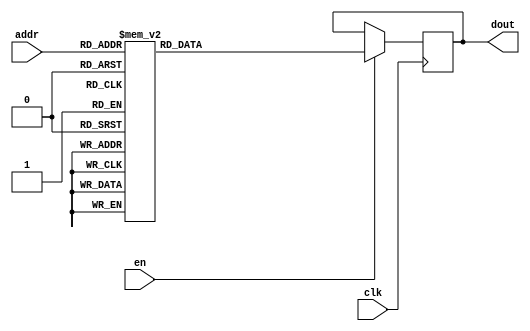
`timescale 1ns / 1ps
/*
Copyright
All right reserved.
Module Name: rom_syn
Author  : Zichuan Liu, Yixing Li and Wenye Liu.
Description:
A synthesized ROM: ROM_DEP x ROM_WID
*/
module EC_1_W_ROM_F_0(
// inputs
clk,
en,
addr,
// outputs
dout
);
localparam ROM_WID = 1152;
localparam ROM_DEP = 32;
localparam ROM_ADDR = 5;
// input definition
input clk;
input en;
input [ROM_ADDR-1:0] addr;
// output definition
output [ROM_WID-1:0] dout;
reg [ROM_WID-1:0] data;
always @(posedge clk)
begin
if (en) begin
case(addr)
		5'd0: data <= 1152'b011110000011101100001101111000010111000111110110101111010100011010001110100011110010001101100111010101111111001011001110111100011110010100100011001101101010100110101110111000011001101011100110100011000100011101110100100000001001011001000010100000101110000101000001101000111011011011110001100010000111100110011110111001001010001101001001111111000111010011011111000001100000110111110001010010011010000111010010011000010000100001000011111011101111001101101010110010001100110001001100110001100011011111010000011010010101100010100000000100111011000110101111001100111111111111111001010011110010100111010110011111011101111010100011010011110111100101100001001010110110000001000001110001011100111010010101000011101100110011001001100101101110110101001010010010101000100110111011000010000011011101001011100001000010110100101010111000010010100100011101101000000000001010011001100101010111000001010010000111110000000110011111011000011000010000110101001011101110010100101111000010001110001000000111101100100100110011110101010010011001011111110001100111111110111000000000110100000010110110011011101001011000000001010001010110010011110000001110110001010101101100101111;
		5'd1: data <= 1152'b010010000010100010001001010000010011011110100110111000110000111001111010101000111000110000001111001101011001000011101010000010001001000010011111100111101110011011110100000010111001110010011111101011010001000111001111011101000111101101000100001110011001101110001001100100100000111011000110111111001100100110010010110010000110001000011101010000011111001010011011001001100110001110110101010011110011100110000000000001110000000110100100111001010010110000011010110100100010011000100111011101011011000110011000000000011001010110000101111101110011001011110000001010011110110010010011011000010111110100111110000000001110001010010001001110111000101010010001101000110110011101100001100111000100000110011010110100011110000100011001010101011111100010111000001101010101000111011100001011100011110110000011110001100100001110000110111001110100111000010000111001101010010100010111000001011010001010010100000001011101010000000110010100011010001010010110001011001111110111110001011000011111000000101110000001000011000010111001101100000000111000000001100000110010110011000000100011001100000110011010100111100100011101100000010111100111001011000000011101010101100000011100;
		5'd2: data <= 1152'b111001111011011100100110001101101101011110000000100110000101111011001100010100101001011011010111110001101110111001010011100110010110100100101011110011000100001100100100101101011110010100010101001101100100111000011101100100110001110011000000100110111100111101001100101010011100111101100011000001111101011011101101011000011001001001001010110111001000110010011010110101101001001000100101100111111001011100111010110100101101101111011101100111001000111001000101010111011101101101110000111101101110111011110011101110110111010110111101010110000100001111000111101011101000010101001011100000101000101010000101111001110100011111001001110110001001100100110000101110010010100001100001000000111110011010000001010010011001011101010010110101101010111100010100100000100101000011011101100010101100010011111011100111001001101010010001011110101001000111110101101111010100101011110000111100000111101100111110000000100100001111000110000111101011111011011010100010010101100010010111101001001011110100011001111100001101011001101111001111011010001100011010110100110111110110001011111110101100001010110010100001010101011110100111000100001000100000011111110011110011110010100000;
		5'd3: data <= 1152'b101000011011011111101100011101011001111010010110100111101000010111100110010010010101110110000110100011000110111011001011111001010010010100101111111110000000010001110011110101001101001100100110001100001001111110000001110101111101011000110000100110111110001011011111101001001101111110110000000110101011101111111110110110101111110100111001111010110010100010100111000110010010000011101010001000010010000100111110000010111110010011001001100111111011000011000110110010000101110011110100110001001100111101011011001110010111100110111000100000011111011011000101111101001000001100001010000110101010111100010000010011111100010101100010110110011110000111011101101111001001000010010011001110101111001111001100111110100011110110101111110010110011100010000011000110000001000001111000110101111000011100101110001111001111000011011101010010011011001001101001001101010000100011100010010101011110111101111011110111000000101010011101100000101101010010100101110101000000000100101100100011100000011101010001110111111001000100101111010000000011110101001100001110011010000111011000001001011110011001000101011100100011001010000111100000000111101101010001011000101101100011110101;
		5'd4: data <= 1152'b111101000011101001000100100101101101001001110111111010101111100010111100001010111001100111000111101000010010001011110000011101001001110000100110010101111110001111010110101001111010011011100100100110110011111111011001100000001000011101100110101101110111000010001000001000110100101111000111100111011101011110100110101001001000101011101110110110101101010010010101000001101011000010110001111111000011100000000100101000111001000110111110111000010110100010011001010001111111011000100011111101111100001010010011101110011001110000110001101100000110000110100000110111001000010111101000111011010000101111000000011110010111011101001010110100110011110010011000001100100101101011110011110100010011111110100101010011101101111100011111010100110001111101110111010000101101100000111001001011000011000110000110010000110011000111000011111011111111110001001011000110110101000101111001100110111000001001010010111011011000110000100010010001110110000111101110100010111110011011100010110100110101000011000111001010001011111111100110001110100011110111000000000010100100000110010011001101011001011011100001001101101101111110100111001000100000100111110111110000000011100001100011;
		5'd5: data <= 1152'b010000101110100011000111001111001110100110000100011111000101001011111011011100001010110000010101001111001011100000000101000111101110011111101000001000100000100011000111100011000111110100010000100110010110000001101101011110101111111000111110010110010011111010110001001000111100101100011000100001001101010001010001000110011010101100001010000001010000001011101010110000010001101110011110001111110111100001100001100111101100011110101010000100010111100011000001111110101011011100011101000110101010101001100101111111010010000101110111111000100100110000000111100011100101000100000111100000011100101001010111101101100101000000110110010101000001011100100001011101111011000001011110010001010000010100011101100101010000100111000010010111101111010000000000001101011000011011000111011000111100110000111111101011001110000010101011001100100011010010100000011101000101010011001101001111100000001110100101101000000111000100001111110101110011111000111010111000011011101000111001000001000101001001111000000111101101100010011011101001000010001001111101001101011101111001110100001010000111010111111110010010010011000010000010010011001110000111001000000100011010111101001101;
		5'd6: data <= 1152'b000010001001000001110111111010110100000000101001101101100110100101010001011000000101000111011011011000100101100111010000101101001101010100001000000010011000000010100101111001010100000101110101110110001001000100010101101000110001110110011001101011101000001010010110010001000101010110111100100010001000000100011000101100011111000000110101110010110111000001100111010010000010111000011110001010011010001100101110000100111010100001001111110010001011010101000011010100100011111010110000110100111001110101011010010000010101000110111011101011001110001010101101011011001001111001101111000000100101011010110101110001110011010000110101111110100110000000110101100101000011000100010011110000000001100111000001010110111011010110011001101111111011100110111011110110010010111111001110010011101001111111001001100000100110110110000010011111111010101101110001111100100100001101011010110000010011110101010000110111100010101010100011101000101110000010101100011011111111110001110111100110101100010011011101101111010101010010111100000011000000011111000110100001110010011110011001111101001010100111011100001101010010101000010010001111100000100010111010010100010000111010100110;
		5'd7: data <= 1152'b101001111100011010101110001111001101111010000011010111100101010111101001111100000100110111010011101010000010100001100101011001000010011111000100001010100001110011111010100010010101101000101000110010011111000011001111000110001110110010101010011001111011110000100111011110100111000101001110101100111111110001010001010011001010110111101010101000011111111101111010111001110110111111101111100001110111100101001011010010011101111110010110011100010011110011011101110101011100011100111001000110000010101111101100011110101100000111110011001100000100100110100011111111001001010100000100010011101111010010011110101011000111101000000111100010100011101101010101001110001111110111110011100000101111110110110011111000101110011001111011100111011100010010101010100001101010101110110000100110000011101111000011010010110101001111101010101100010010101011001010001101011001001010000110110100110000011001001010001000100101010100101101101111000010000110000010111000010000110010110010111010100001010111001001100011000000001111001010100000101010000101110111101000010111111010111001101011101111000110011010110100001110010000011101111010001100100111011000011010111100011110101001;
		5'd8: data <= 1152'b000000010011101110101000011011001100010111000110100100100110111100101000000011110011010000000100000000010010011001011010001111010001110010100001010100111001001100100100000001111110110110010011100110011001010001110011001100111110010101011010001110001100111101010111011111010010110001100100011001010000010000000110110000010111000000010011000000001100010000101100011101001100001100010101100101111001110000110101011101011100011001100010101100101100000001110001010000100110110011001100000011100000101011000100001100010101111000101110110010011000001010110011100001101111110101011010010001111011011101100011100111110110000101000010001100100100111110000001100000100011111010100000110110000100100110011010100101010100001101000001010110010111100011001110001011010111101100000001100001111010001001000011001000010100111001101011011110011001011101000000101011110111100011110000010001100000001010001100001111100111111010111101110000010101111000000101011101100111000101001011001110100011111110100000000001110010000101110000110111001100011000000001101000100011110110000001100111101100100100011110100101110100001110100001011110010011000011111110110011000010000100011000;
		5'd9: data <= 1152'b100111000001011100011110110100101101101011100001100110101010110011000011100101010000000100111010110100000000010010001011011110000101101110001110001110101110101010010011111010001000011110100000111000100010110100010000110001011110011001100110100110101110000111110011101011110011110011101111110100101010100110000001110000001110000001000100110110011110110000101110101001101000011100100000111000110100011110110010001011101100111001110101011111101001010001001000110110100111110001000100001110010100110111110111001000111100001101000000100011111010110010011110101000010001101011110000111001010111010101101000010001001011010100001110111101001110000100010000011100100111111111101001100010101000000101000110101111001100001100110101010100100001110010000000001111111010011111010100001011001011100111011001110101000110011110010110111100110000100001110111001011001111001000111011111011100101000101110011110111000010110010110100010010010101001001000101100101101110010101111011011101011010100001100110101100110111000101110001010101001101111010100101001111011110100000010110001001111001111010100101010011010111110011011010100001111011001001100000001101010101110011011110;
		5'd10: data <= 1152'b001001011011110111010001000100000000110011111000000101110111101001110001001011010110000111001111000001001111000011010011111110010011011001111000110000011001100001010111011100000111010101111000111101011011101100100010001111110010010001111001111001001111101010111111010111000100000100011100010001110000111000010001011110000011000110101010001001110011001101100111011110010110110111111010000010010000111000111110010001101100100001000001110010101110111101100010000001010000111011101000110111101110010000011010000001010111100100111011011001010111001110000000011011001100110111001010110101100001111110000101010011100101011100100010100100101001010000011101001010111010000001100011100000011110100011000001100000001000100000000110100001000001010100001110000000100101100100111001100000111100001010101011100110010111111010000001011111101011011001100001111101000100111110110010101001011001111010101110000011100000101011000010011101111010110010011010100110010011101010110110111001101111110001111111010110001111010110001110001101101100011101001000000010101101011111100101001011000000001110111110101101010100111011110010010111010010100011000101100011101000001000100011;
		5'd11: data <= 1152'b000010000011101101001011110000111010110101001000111001110000111100011111111001110001010011110011110010010100000101111011010111111101011110011110101101011010001001010010010011011000100101010101111010000111010110001011111001101010111001010100101100010000010001110111111001101110110000111101111111001011000101001000010100011111000110011101111010011001101101111100111010010111011110001100110110001000101111011101111000110001010101111110101011111000010110010110011001110011110100001110001011111001010110101001111001001101010110000000000011111011000101011110010100011000111011011011011100010010100101101000010000101010100000111101011101110101110000100111000110110110000001010110100001010001010001010011000011110101011111011010001101100011001101100000111100010111101111001111000111000001100010010000010010111100110100101001001001000100000100111011111000111111010001101100101010110100011011110101001010101000001100010010001010101001011101011101010001010100000000011101011010111001001000100111111000110111010010110000011101010101111110101010000001001101000001000110100001000110101010001011010100110110111011010110011111010000111000110111110101001010100111000100;
		5'd12: data <= 1152'b100000011100010110101100110110001001011110011001010111100110011011000010010110000100010111011010000111001110111001000011111110011000000110000011001001000100000110001100110000011001011000101111110000110100100001010101111100001101110010111010010011111111000101100001000110110001000100010001101010001111110010110110000011010100001001011000100001011110110101001110100011011000100101001000001001111000001000111110011100011100100000011001110111101001111011010011110101001000110101011000110011101010111001001010000100100110000110111011001100100001000101111001111001001000011100101111110001101100010110010111001001111100110001101011100001110011000111011011100110010011110000010001100100010110110010000001001010101100111000010101100101101010010001001110110010111110100101100010100011010001010110011010001001000000010001001101110110011000001111010001110111000101110000110011110001101101110000001000010011101100110010101000110100001001010001001100010000011100111001000001011000000000110100001100101011110001110011101001000010011100001111010110000010001001110110110001100000000011010111111100000100000100110000110111110010100000111100011010110111101010100111001010;
		5'd13: data <= 1152'b001011011011010111011001010000010010100101001010101010110010101110100100101001001000000011011000110011111000101010001101111110011111011101111100111110010010110001000010101101100111000101110010001110010010101111101010100011010010100110110010011001101110100010110110010001001100100110001100011100100001001101111100010100101010100110110111110010101011001100110001111110100110011011101110011110001111001100010110110100111100100001111111101001101011011010000010100011111001000011111000110001110100011010011111101110110111010101111001001111000110001101101001111010001000001000101000110111100100101110010101111001001100111000000110100010000011100011110101011011000010110101110110001001011110111000100111010010101011100101000011110001001010111100110001110100101100010000111001110000100100101111101011100001111110010000100111111011011111011011100011100001101100111000100111000001011110111010010100001001100000001100000011001111101000010100001101100000111110110010110111100001100100001011011110100110001101111100011110000010101010001100100001001110111011011001000010101011010100101010100010111011110100011001000010000111011100111011011001101111100101100001110111;
		5'd14: data <= 1152'b010010101100000010000101101000110000100000000011111011100111100110100111000001011100100111000001110011010011100100010010100011111111100010010011111100000001010100100101111101101110010100111110011000101111101000000010011000110010010111001001110110101111011011000101100101111111110001100001011001110100111011100111100011000001100011010000100101001111001111000000011010010101001000011010010111000011000101000001010100110000000101101110101000010000111000010010101001111001001111111111010100111001011111011000011110110110010100111111011010000101011000000001011111101010010101100010100001000100101010010111001001100000010100100110110111100011010100010100100011011110010101100110011011001010111110101001111000100011000001010010110111000011111000011110000000001101010011001101000100110100010110101111001010100110111011001011001111101011011011101000011110101110111001000010100001011010111000001100001001010001001001100000100001111010111001101110100000110111111011110110111100111010000001101101010111011100010100101110000001100110010100101010110110001101101101001001010010101000001101111010101101101101101110100100001010001001010011000110100010100100110011010011;
		5'd15: data <= 1152'b110001011000011100110000001101101101000000010101100001100110000010100111010100000100111001010100101011000110011011110000010001100100000010101001111010010100001100001100011000011000010101101111001000100110000001010111111101110000010010010001110100011101011111110000101010111100000001000001100001010110010011010001001011010010001011010010010011011011011011011110100000011101000101001110100000111000010010011010100101101011100100001101100010111011100101100111100001000010110111010010101111111010010100111010110010110000000110111010010110111001010010111000010010011100101010011101111001111110100110100110111110001100111010100101001110110101011001110001101110100101001101010100110001010101010111000011111001010001011011000000100101001001010110000000111001011010110001010101101000111111011010110011110011000111100110001110001101110000110000010010101011011010000111010101011110100010010100111011001001001000110010010100000110011010011011011000000010000000111100110100011001000010011110101010011000010111111001100011001110110100010010011100100101010000110010100100001011000010000111000001010011110011011000100100011100010100111100000011011100011101001100011101;
		5'd16: data <= 1152'b010001110010111110100010100010010000011110001111011100101100010111101000100001110100000110100111100000111010000000010011000001000000001111100001010111110111010001011010101010101011110010001100100011110111000011011100110100001111100011101110111101110011101001011111001111000010100000111111000001011010011000110001011010010001100000110111100000101110011100001001100000000110011011101111001110100011110110010000010011000010010111100010001001110100100100110011101001010000000011001111001000001010000011000010000111011100101011001011010000000001100100010110110101110101110110110111110011111111100011010010101110010111011011101111000111001010101101010010111101011110011011111100101111101011000100011010100101001111010000111001110110101100010001011100100011101111011110110001000010010000001101010111011001010000100010001011101011001010110110010011001001011101110010001100010101101100011010001011000101010000111001111111010000000100010001000101101001100010010101101000101100011011001111000000100011110001101011100010111001100011111010000011011001110111100011101101110010101000011101010110000011001100111111110000110100011011100001110110111010100110111100100000;
		5'd17: data <= 1152'b000110100010011101011011111001001010101010010011101000001010011101000001101011110101101111111000010111011000010100001010000110110001100010111011001110100100000111100010001011001001001010001111100000110000100010010000111100011001010000000001110100010001000101110101001110011110100101110111000001010111010011110001010010010011011011001010111001001000011100011001011000111001001011100111110110101100010001010011101011000101101000001011001110101111011101111101101111111110101011111000010100110110011100101000101010101000000110111011001101100001110110100000110110001100011110111011010000101100000011111111111110001101111000101110010110110001010101100100101110011100010101110011100001011011111011110001010010010011111001001010101101010000111100001000010100111101001111110111110111111100010011100000101010100101001101101001010010011100001100110001001101010100101110000000001111101001001010110010111010001000000110000010111111001000110010000000100000011000100000110111011000001011010110101010010110001101101001001110001110010000011110111100101110111001011101110111110011010111100011110111011110011011111000011110101001011100011110000000111001110001100111001101;
		5'd18: data <= 1152'b000111100101010000011010110010011010101101101000001001010010101101000001101101000001001110111111010001111101100111101101011110100101111010111011000100100101100111100011011111001001010100101011010011111010110010010010111100011110011101011000111111001111101101100100101111001101100101101001000000100100111110110101111000110101000111000000110111101011110000101110010011011110110001011100110101110111111110110000001010001110001100101100010011010010010011001000000011011100001110001101010010111010010100000100000001110000101101100111100111101010110110001110010000110111110011110110111100100110001011001101110011001001001101101111000001001110010100001110011000100100111110101001011011100000001101111110101111101011101101100010010010101101100111001001011001010010001011001000010010000110001110111101111011010001100000100011010111100010111000110011001001111101110111000010010010110101001100001101011100000010110001011101010110011000110001010001000111001001011001111000000111011111101100000011101100010101011111100010011001111111100100010101101101110101000101000110101100010010110010000101001001100000110010110111100000101011011001110101100001101100100100101100;
		5'd19: data <= 1152'b110111100100010010010101101011101111101011000111010010111001001011101001001111111100101110100000001111110011100000100110010010101001001001000110000111111001100001111010100110110100111010010101111010111011110110101011011110001101011010011100001011100010001101000011011111100011101011101000010010110010100000010000011110001111010001110010101001001100010001101110110111101110000000111011111101110101110011001000111010101011001111110110000100010101100001101101101111111100000110001111001010010110001011100101011111001011111001000100110010010000110001110010100001110110110110110101000110011011111000001111001100110001010001111001010011001100111100000011011000111101101100001100001000101001001101111001101001110000101011110100100011011010101001010001100111001000111011000111100000110101101000100110011110001100111111111000000101101010111011001110011010001001010111010100100011101100011010000111001100010101111101111001111001001111110101000111111101100011011001101000101110100101001001011100010001111000110100101110110001100111000101101000001010111000110001010100010001011101011101101101101101110101011011000010010101011001001011011001001110010000110001001001;
		5'd20: data <= 1152'b010110101100100011001101101101101010100010100010000001001001001111101011111001010000000101111111110101001001111010001011001001100100010111110101010110110011010011101011001001100101011010001101110100001110100110010011011010110100111010100011000111011011001011001110111101111111101100110001000011111111110011110111100011100110010111101111011101111111001010001111000010011011010111110110010110101000100100011001010000111000010101101010000000010001011111001110000001001010010110101101000111011001010010011010110100110101101011101001000111000000111111001011011100010001000110010101100010010111111100010000111011010001111100000110100111110111010101011101011010010001000100111001101110111101111110010111101011100010101100111111111100111111110101011110111001101000110111100011010111110001000110101000101111001010111000000001010011000101000010110101110101000101010101101011000001000111110000000010011001110101110011111101101011101001110010111010100100010101101010010010111000010000110000001110110110111001010100100110000000110011001110011111111111011000000110011100110011011001111101111110101111101111010110001111101010111101101100111101011011100000011011101011;
		5'd21: data <= 1152'b111110100011111111001110011110111001010001110110101111111000000101001111000011111001101000010110100010110111111101111110111010111001111001001101110101000101111000010000011110101100010010101010011110011011111111111010011100110101000100111010000100100010101010011010010001001001000000000100001101011010001101100100001101000100111110010111010010101010110111010001001010000011100000100010011111000111101101010111111111111010100101101110111010111001010001011110110011100111111111010010110000110111111100111010111111010001000000111010010001110111010011001111001111101000001001001101100111100100011010101110010100101001000100111100011111001011001010010010011001001000100010010110011011010000011101101010001100101011010000110000010000000000001000100001001100100000010000001000111011010011101110111100011100110011010101111111101011101110110110001111110010101001111101100111100001111000111110011100111111010111111111111011111111000011001010101110000111111000111010011100010110011100100000011100011011101100010101111100111000110010000000000011100001001010110001110101101011001111001111001010110010100000100101010010010111000000000010010000101110100100010000000000;
		5'd22: data <= 1152'b010101101110100011001001100110000110010010100110001100011111001001100101111001000110011010010100001000101011101110100010111001100010011001000000110100011001110011101111100111110111100100111100011001011110101101101010101110000110100111101000011001000100111000001010010100100101001110011100111111100101101100101010101101101110001001110000001010110101000011000011001111000110110011000110010111010011110000011100011000001100000101101000100000010010101111000101000000011011000111111101010001101000001110000011101100001101010101111100010010010111100010100111001111000001010101001000000101011011111100110000001011110010110000000001111001010011100010111100100001001000100000000001011100010100111110100001010110110011100110010001111000111011101100011001001100000110111011011100010010110110010110111110001110111000101001010001010011101011010011100110110011001011110101100000110001110000111100011001111000010111101100101011000111100111100111101111111110001000101010110101110011100001111011110000010011001101111000101110001000011111001110011100100110100010100011111011101110000111000011000011110011010101001000010001001101000100111110010001001100001101011111011110;
		5'd23: data <= 1152'b110000101001000000100001000000111001111010001101011000101010100010011000000000001000100111110100101011011100100001110011001100110001100000101111010100011100010010110001000111101101010100101010100110101011000000010011001101010010100111000001101010111100011000000101100000010011100000100000110000000000100000010000001110101111100101100000100011000011000010110101000010101000000110111100110100001000010011111111101100011001111001101001110110101011110011101101011110001001110101011000101011101100011010100011001100001111010000011100111100011000101110111011001101001101101001001010101010101011110110001010101011000011011011000010101111111111001011001101110100000011011000110001101110000100100100100100110101101110101101010001010011001101000011100110110011100110011101101001110011101000010010111000100100001011111000100001111110101110000011000101101110001001110110101001111101101100111000101011000010100001000010011100010011011101010010111101110111000000010100101010110001000011100000001110101101110110110011000000110011111001101000001001101100110011101001000001110011101100100100001110100001101100001001000000100101000001100010000100000011101100100101100001;
		5'd24: data <= 1152'b000010000011001110100110010001100110010010001111110111111000011110011110110101101100110101100001100011010011111000010100000001110101111000000111011111100011011100100000110000011110111010010100110100100000111000011110100011001101111110111001100110001011010101001100111000110111011001110011001011110101000111001111100011101000001001001000110001110101101011011110100100010000100010011111001111100011110010011100000000110011001001101101110110001101001101111000111100000000111110110100001010110111010000011000110011000100111010000101100111100010001100101010011000001101111111010000111111000000110111101100110100111011111100010000100000110100110101000001001110110110000001010010111101010010011011000001011110001100100110000011000101000011110101100101010000101100101100110011110101011010110110101101101100110111100001101111100000101111001101111001010100000100111110001100001011000001110000010001110110000101101000100110001010111000110001011111101000010100111101001010110010010001110101000000110010110001010001010000100000110011101100010001001110000100100101100110010000110001111010100001001011001100101010001010100101011011010001110101010101100001001000000010;
		5'd25: data <= 1152'b000010100100110110011110011010010100101001101011000011101001010001000000010001101101000001001100110001111000111010000110001011010101100001101100100100111110110110101010001100110100101010010010111100101010110001101011100111111100010110001010101011101000010000000000010110001100001100000001000011101010101111111010110010100011111110100010000010010100100111010110100110101110111000101011000111100100000101001001011100010110111111001110001100010010101010010110011001110011000001111000000000110010011001011100001110000111100101110010010010011100100110100101001001101110000100101010100101101010111100110010101111110101100111100010000111110001011000010101001110110011100001001101110001010000110011000001000010001110001111000010100100100010110101011000111010100100011000111111000011100001001101001111011000110010010011000011011011001111111011000011010100101101110011110011100110111110011001010000000011100110100101110101111011111001011011101011000101011100111011010110111001001001001011000000000010111000110110001011100110001010010000000101000001110010010000100100111001100000000111011110111101001110000101000010010011001110101010010111000110101100010100000011;
		5'd26: data <= 1152'b110101010011111110100010010111101101011110000110001001010000001001001010110011100001110010000111001111010100011011110011100001011101011011001000111101000010101000010000011110010111100010010001011101010011010011101010101111001010001100110001111101010100110010001110110100110000100001001000011101101001110101110101111011110100011111011001110000010001001010011000001101000100011110011100111110000100101011000101010000010110100100100011001011111010000111110100011001100111110010001100111000110111011010100000000011001111110010011011011100010100100001111001011100000010111011111111011001110010011001000001000010011100000111010001000001011100111000011110011001110010101111001000101010010011001011000010110010000100101110000111001011001101101110100101111110001000011110011101110111000011001111000101011000110000010101111110101011111110000100110010011001101000110011000000000001111111010111111010100101010100111000111101100001000010110001001100011100000111111011010001011111000100101011001101100000111000010111111001000001100000110100010110011101110011001100001100100000001001001001110101101111110011100110100011010000111011111101100001111110100010011010111110;
		5'd27: data <= 1152'b101011101101100010111100100001010000101111001010101100100001101101011010000111100000011011001000010100110011000000101101010111111001010011001110111001000000001000111110110001110111100111010000110110011000010111001110111100010001100101110100010001000000011010001000000000111100111111100110011010101000001111111010100001010111001100000110100010101001100011010001101111000001000001000111111101011011011001100101011110010110000001100011110100001111110111000100110010011001100000100000111011101000000011000111000110011101011110111100001001001010110001000111111101000100000101101000110111010011110111000010100001110011110110010000111001111101110010010110111101000111010110100100010101101001100111011010111110110111010100110101110100100111011110000011010111000100011011001100000000011011000100111110010000011010100011011001100110101011010001000110110010001001110101101000110011101100111101011011011100011101000110001100001010011100001110100101111101000000011101101000010000010011001111010101100001110011010111000011110000101111000001100001101000110000100101010011110001111001010010001000010110101101110110011001110101011011101000110101101010010101000011011000;
		5'd28: data <= 1152'b110101111100010010110100101011001101101000000001000100100001000011100001000100011000000011110000101111001000001000000101100100000111011111100100011101011010110011100101000011000001101001011110101011011111000110001010001110000010111000001000011001010011101000010010111000000110000110101000110000101000100100110011010101110010000110100101100010100011001000011100101010000110010100011110000000111101101100100100111110001110111000010000000101100100110100001011100100010101000101010011100101000110110000000101000101010110010000111101110100011001100100100001000011001101000100110101000000001111111110000111001011100000001011010101100011001101111101110100111100010101100101000001011001001010100010101101000101110010001111010010110011011100101001010000100101010000010010001111001000011101001100101100101100011100111101000000000101100101111011000010010100000000000111010010100111001000011011000101111101000111011100100101111110010010001010000001001111011101101100110011001000000001101010000100000001101100101010010001110110110101110101110010000000011111010100100001000011110011100111101101001101010111001110011111100001010000001001010010100110010001110100001111;
		5'd29: data <= 1152'b111001110100010000100110101011100100111000000011011011100111001011111101000110110100111011001000100001000011101000010100101101000010001101110011111010101100111000000101000110100110010010111110110110011101111010010101001100101100000100111110010011001010111100101100000101100101100111000110000000011000101010101101101001101011001010110110101010101001011001000001011110100001101000001111001000010111011100110000010000010100011101001110101101010000111010000001110110101001011000110111010001111000001011001110111110100011100000111011110110010101100100100001101111101011000100101000000111101001111100110110001111110101011100000110100010001111011001001100001010011101110100100111000000000111011100111111111000101111001000101111100011001110000010011011110101101001000001101100010100010100110000111000001000111110100001101100100000011110010111000010010110001101010000100101010101110001101011011000111000010101101000001000101011011011100101001100111000110011101011010110111001100001110101111101010010011001011100001110001000100010000100010111110000000010111010101101001010101101000101111010110110000111000101011000110010011101101110011100111010011110010100111001;
		5'd30: data <= 1152'b100000110100010011111011101011100001001100001101101101000101011001110001001011110001011010111101011000101011111101101111001000001100000010100100101110010010010001010010011010111111110110010111010110000010000101001011011100000111001101011001110100100000100100101101100111110001101000100100000001010000100011101110001011010001100000001101001000101000001110010110111100010000101000000110111100011010100010111001110100010011100011101111101110100100001001011001101011111111011100100100001100101001001110000000001000010100110010110011100011011011000100111101011100111111111011010011011111111000110111101001000000001011011000010000000000000101110101010100001011110010010011010110001001110111000011000000000101111000001011011010001110010101011011011100101111000100101000010101110000001010100010000000100000010010111011100111101101100100111111111011110000000110100101101100100001100101001010000010010100010110100110111011010001010101000101001111000101101011001110001010111011111000100010000100000000111001110110110000000010000000111100000001000001011100101101000110111001111110000001000111001010110010001011000010010011110000111011001100100111001111110000001111;
		5'd31: data <= 1152'b001001111100010010111110100001000010110010000011111111101111101101110101010110001100110010001010110111001101100101100101000010001011011111010100011110110101100101001011111011101010001100111010011110011111101001000111001100110110010100011001111001111011101011110100000011110111100001100011001000111111111010110101010000010111010001011110100101111010010010110011010000111000111011111000000001011101010101001000000010000010001100001110011001010010010100000011110100001000111010110001010000000001100100001110000101111100101001101011100011010011101110100111111111100000000000100111110011100001011010010101011011000001101101110111100011100100011001001010111010011001011110101001011011101100001101011110111100001110001100101100010011001100100010010011010111110000011011100101010110100001101101011111011010110110110011100111001011011111010111000010100101101101100111000111110110110011010110001110000001000111101001110001010010111110111101101110100000110010111001111000111100010011110111011000110101111000100100101011010001001011110000101111111111110110100001001100000001111000111001010000001011101001000110000011100100111011001111010001100010100100111011111111;
		endcase
		end
	end
	assign dout = data;
endmodule